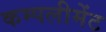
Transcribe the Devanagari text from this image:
कम्पलीमेंट